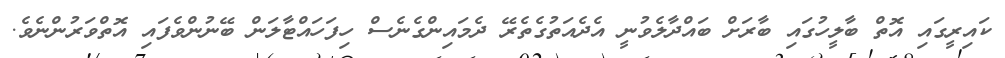
ކައިރީގައި އޮތް ބާލީހުގައި ބާރަށް ބައްދާލެވުނީ އެދެއަތުގެތެރޭ ދެމައިންގެނެސް ހިފަހައްޓާލަން ބޭނުންވެފައި އޮތްވަރުންނެވެ.